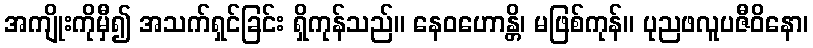
အကျိုးကိုမှီ၍ အသက်ရှင်ခြင်း ရှိကုန်သည်။ နေဝဟောန္တိ၊ မဖြစ်ကုန်။ ပုညဖလူပဇီဝိနော၊